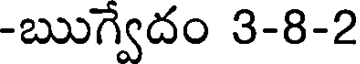
-ఋగ్వేదం 3-8-2